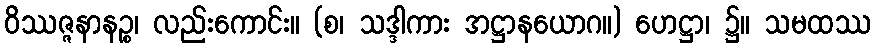
ဝိဿဇ္ဇနာနဉ္စ၊ လည်းကောင်း။ (စ၊ သဒ္ဒါကား အဋ္ဌာနယောဂ။) ဟေဋ္ဌာ၊ ၌။ သမထဿ